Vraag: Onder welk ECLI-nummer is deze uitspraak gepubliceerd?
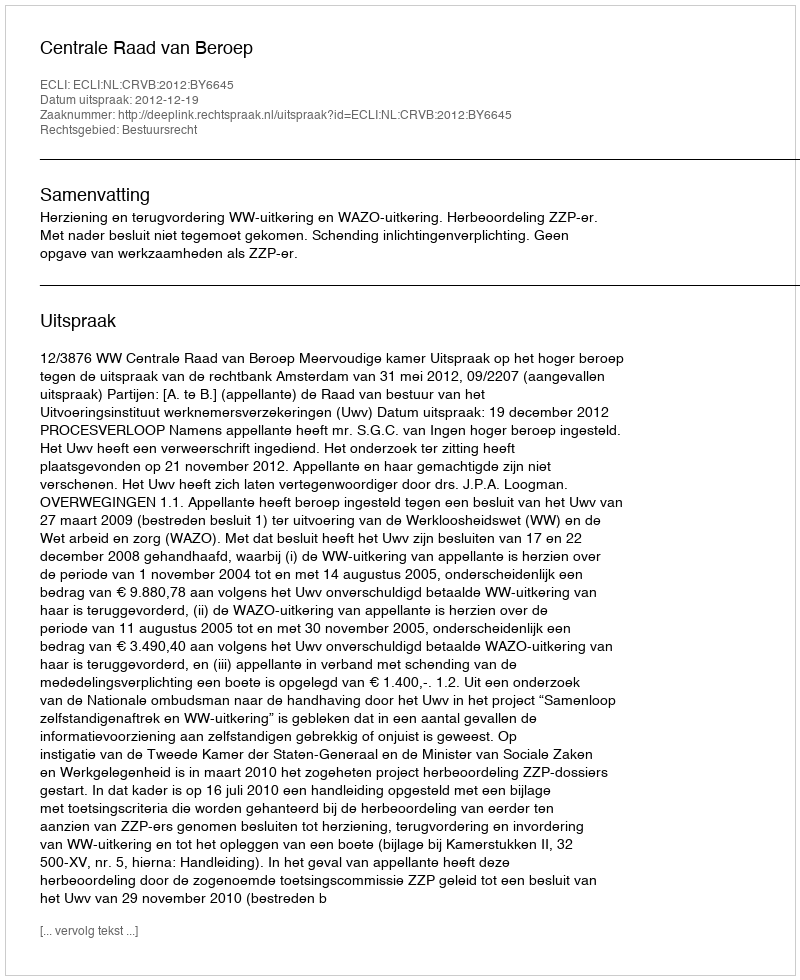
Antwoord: ECLI:NL:CRVB:2012:BY6645